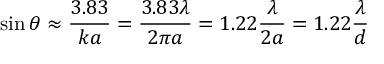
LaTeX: \sin \theta \approx { \frac { 3 . 8 3 } { k a } } = { \frac { 3 . 8 3 \lambda } { 2 \pi a } } = 1 . 2 2 { \frac { \lambda } { 2 a } } = 1 . 2 2 { \frac { \lambda } { d } }